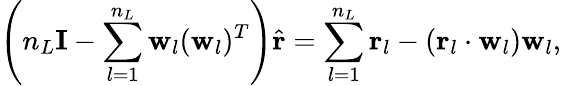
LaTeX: \left(n_{L}\mathbf{I}-\sum_{l=1}^{n_{L}}\mathbf{w}_{l}(\mathbf{w}_{l})^{T}\right)\hat{\mathbf{r}}=\sum_{l=1}^{n_{L}}\mathbf{r}_{l}-(\mathbf{r}_{l}\cdot\mathbf{w}_{l})\mathbf{w}_{l},